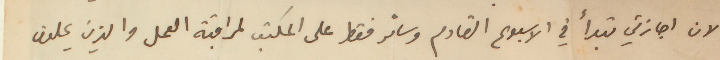
لان اجازتي تبدأ في الاسبوع القادم وسأمر فقط على المكتب لمراقبة العمل والذين يحلون